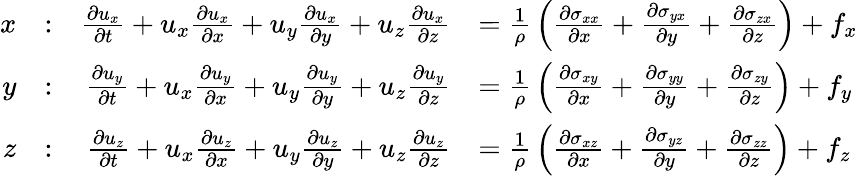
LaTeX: {\begin{array}{rlrl}{x}&{:}&{{\frac{\partial u_{x}}{\partial t}}+u_{x}{\frac{\partial u_{x}}{\partial x}}+u_{y}{\frac{\partial u_{x}}{\partial y}}+u_{z}{\frac{\partial u_{x}}{\partial z}}}&{={\frac{1}{\rho}}\left({\frac{\partial\sigma_{xx}}{\partial x}}+{\frac{\partial\sigma_{yx}}{\partial y}}+{\frac{\partial\sigma_{zx}}{\partial z}}\right)+f_{x}}\\ {y}&{:}&{{\frac{\partial u_{y}}{\partial t}}+u_{x}{\frac{\partial u_{y}}{\partial x}}+u_{y}{\frac{\partial u_{y}}{\partial y}}+u_{z}{\frac{\partial u_{y}}{\partial z}}}&{={\frac{1}{\rho}}\left({\frac{\partial\sigma_{xy}}{\partial x}}+{\frac{\partial\sigma_{yy}}{\partial y}}+{\frac{\partial\sigma_{zy}}{\partial z}}\right)+f_{y}}\\ {z}&{:}&{{\frac{\partial u_{z}}{\partial t}}+u_{x}{\frac{\partial u_{z}}{\partial x}}+u_{y}{\frac{\partial u_{z}}{\partial y}}+u_{z}{\frac{\partial u_{z}}{\partial z}}}&{={\frac{1}{\rho}}\left({\frac{\partial\sigma_{xz}}{\partial x}}+{\frac{\partial\sigma_{yz}}{\partial y}}+{\frac{\partial\sigma_{zz}}{\partial z}}\right)+f_{z}}\end{array}}